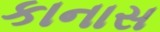
કાનાસ